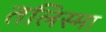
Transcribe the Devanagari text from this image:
तलिस्मा